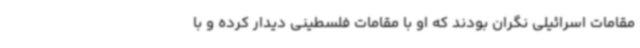
مقامات اسرائیلی نگران بودند که او با مقامات فلسطینی دیدار کرده و با